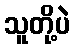
သူတို့ပဲ